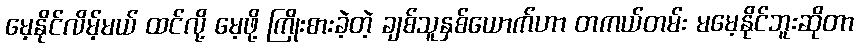
မေ့နိုင်လိမ့်မယ် ထင်လို့ မေ့ဖို့ ကြိုးစားခဲ့တဲ့ ချစ်သူနှစ်ယောက်ဟာ တကယ်တမ်း မမေ့နိုင်ဘူးဆိုတာ